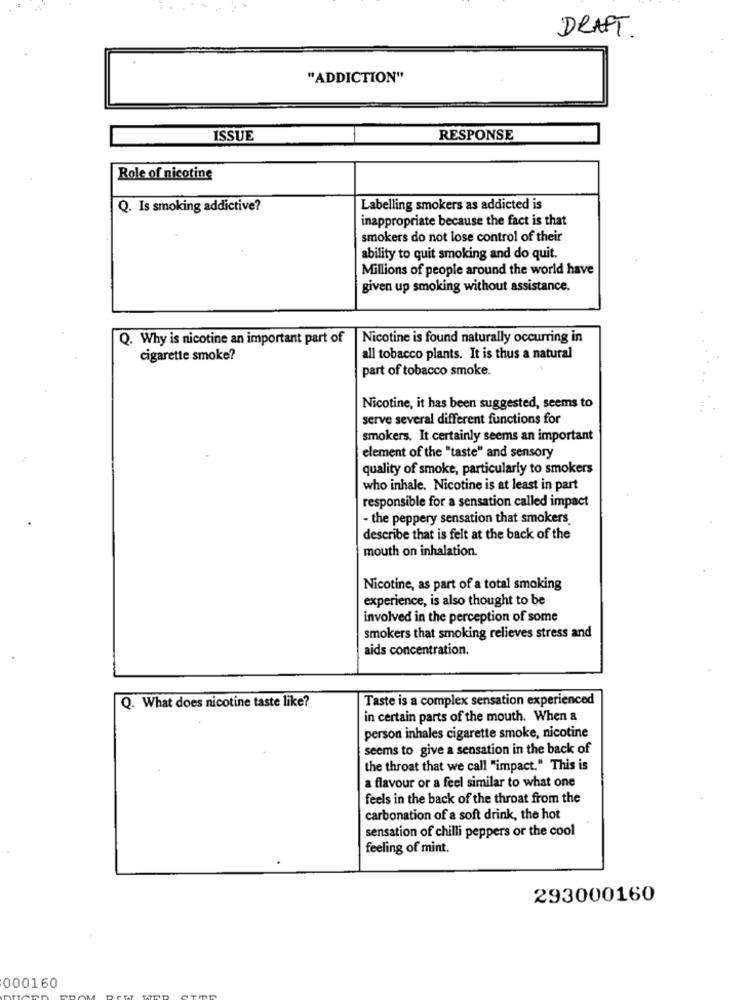
DRAFT.
"ADDICTION"
ISSUE
RESPONSE
Role of nicotine
Q. Is smoking addictive?
Labelling smokers as addicted is
inappropriate because the fact is that
smokers do not lose control of their
ability to quit smoking and do quit.
Millions of people around the world have
given up smoking without assistance.
Q. Why is nicotine an important part of
Nicotine is found naturally occurring in
cigarette smoke?
all tobacco plants. It is thus a natural
part of tobacco smoke.
Nicotine, it has been suggested, seems to
serve several different functions for
smokers. It certainly seems an important
element of the "taste" and sensory
quality of smoke, particularly to smokers
who inhale. Nicotine is at least in part
responsible for a sensation called impact
- the peppery sensation that smokers
describe that is felt at the back of the
mouth on inhalation.
Nicotine, as part of a total smoking
experience, is also thought to be
involved in the perception of some
smokers that smoking relieves stress and
aids concentration.
Q. What does nicotine taste like?
Taste is a complex sensation experienced
in certain parts of the mouth. When a
person inhales cigarette smoke, nicotine
seems to give a sensation in the back of
the throat that we call "impact." This is
a flavour or a feel similar to what one
feels in the back of the throat from the
carbonation of a soft drink, the hot
sensation of chilli peppers or the cool
feeling of mint.
293000160
000160